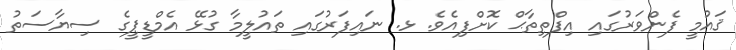
ޤައުމީ ފެންވަރުގައި އިފްތިތާޙް ކޮށްފިއެވެ. ޅ. ނައިފަރުގައި ތައުލީމާ ގުޅޭ އެމްޑީޕީގެ ސިޔާސަތު